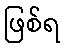
ဖြစ်ရ